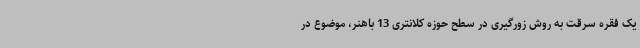
یک فقره سرقت به روش زورگیری در سطح حوزه کلانتری 13 باهنر، موضوع در